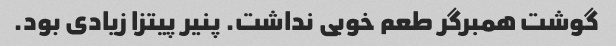
گوشت همبرگر طعم خوبی نداشت. پنیر پیتزا زیادی بود.